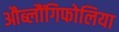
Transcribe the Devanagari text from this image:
औब्लौंगिफोलिया